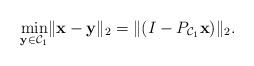
LaTeX: \begin{align*} \min_{\mathbf{y}\in {\mathcal C}_1} \lVert \mathbf{x}-\mathbf{y} \rVert_2 = \lVert (I-P_{{\mathcal C}_1}\mathbf{x}) \rVert_2.\end{align*}